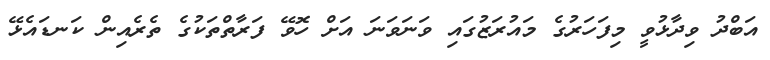
އަބްދު ވިދާޅުވީ މިފަހަރުގެ މައުރަޒުގައި ވަނަވަނަ އަށް ހޮވޭ ފަރާތްތަކުގެ ތެރެއިން ކަނޑައެޅޭ